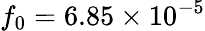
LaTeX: f_{0}=6.85\times 10^{-5}